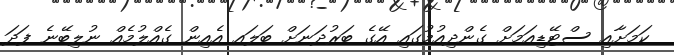
ކަމަށާއި ސްޓޭޑިއަމަށް ގެންދިއުމުގައި އޭގެ ބަރުދަނަށް ބަލައ އެއިން ގެއްލުމެއް ނުލިބޭނެ ފަދަ